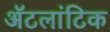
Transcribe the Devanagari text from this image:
ॲटलांटिक